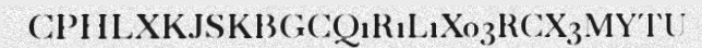
CPHLXKJSKBGCQ1R1L1X03RCX3MYTU